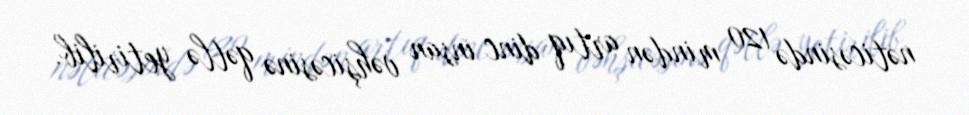
nəticəsində 120 mindən artıq dinc insan vəhşicəsinə qətlə yetirilib.